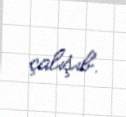
çalışıb.